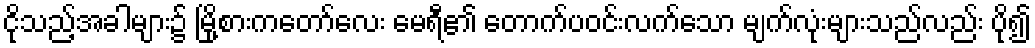
ငိုသည့်အခါများ၌ မြို့စားကတော်လေး မေရီ၏ တောက်ပဝင်းလက်သော မျက်လုံးများသည်လည်း ပို၍